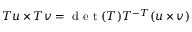
T u \times T v = \mathrm { ~ d ~ e ~ t ~ } ( T ) T ^ { - T } ( u \times v )